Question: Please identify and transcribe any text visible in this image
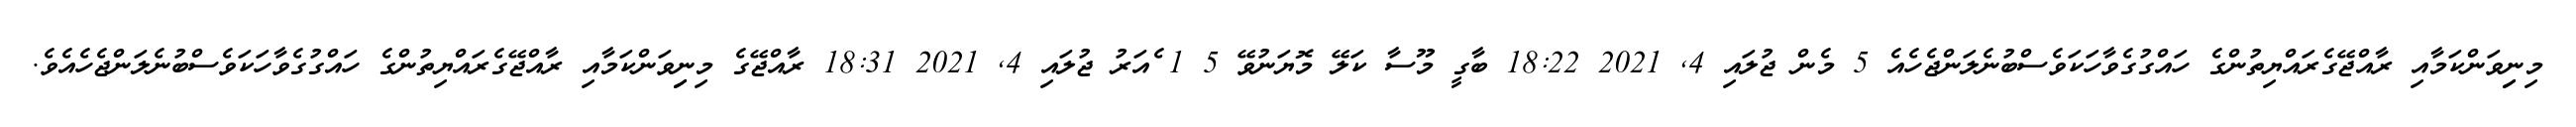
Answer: މިނިިވަންކަމާއި ރާއްޖޭގެރައްޔިތުންގެ ހައްގުގެވާހަކަވެސްބުނެލަންޖެހެއެ 5 މެން ޖުލައި 4, 2021 18:22 ބާގީ މޫސާ ކަލޭ މޮޔަނުވޭ 5 1 ެއަރު ޖުލައި 4, 2021 18:31 ރާއްޖޭގެ މިނިިވަންކަމާއި ރާއްޖޭގެރައްޔިތުންގެ ހައްގުގެވާހަކަވެސްބުނެލަންޖެހެއެވެ.